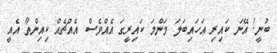
ބުނީ! އޭނަ ކައިރި އަހައިބަލަ މަންމަ ކައިރީގަ އެއްވެސް އެއްޗެއް ކިއިންތޯ އެއީ